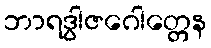
ဘာရဒွါဇဂေါတ္တေန